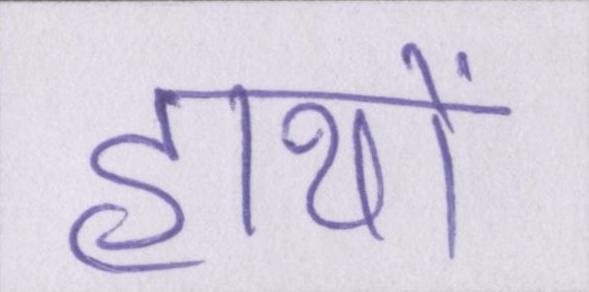
हाथों